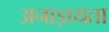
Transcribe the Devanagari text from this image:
अनाज्ञयता